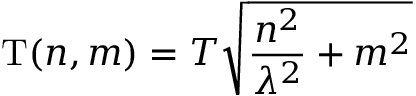
\mathrm { T } ( n , m ) = T \sqrt { \frac { n ^ { 2 } } { \lambda ^ { 2 } } + m ^ { 2 } }